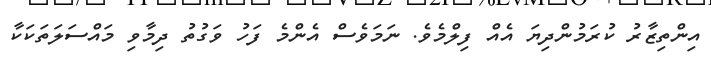
އިންތިޒާރު ކުރަމުންދިޔަ އެއް ފިލްމެވެ. ނަމަވެސް އެންމެ ފަހު ވަގުތު ދިމާވި މައްސަލަތަކަކާ